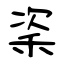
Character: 秶